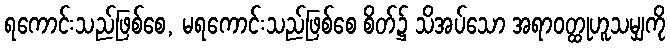
ရကောင်းသည်ဖြစ်စေ, မရကောင်းသည်ဖြစ်စေ စိတ်၌ သိအပ်သော အရာဝတ္ထုဟူသမျှကို